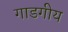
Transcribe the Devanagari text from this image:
गाडगीय